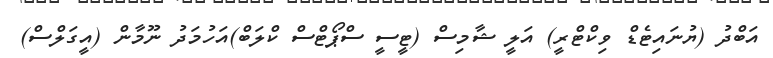
އަބްދު (ޔުނައިޓެޑް ވިކްޓްރީ) އަލީ ޝާމިސް (ޓީސީ ސްޕޯޓްސް ކްލަބް)އަހުމަދު ނޫމާން (އީގަލްސް)